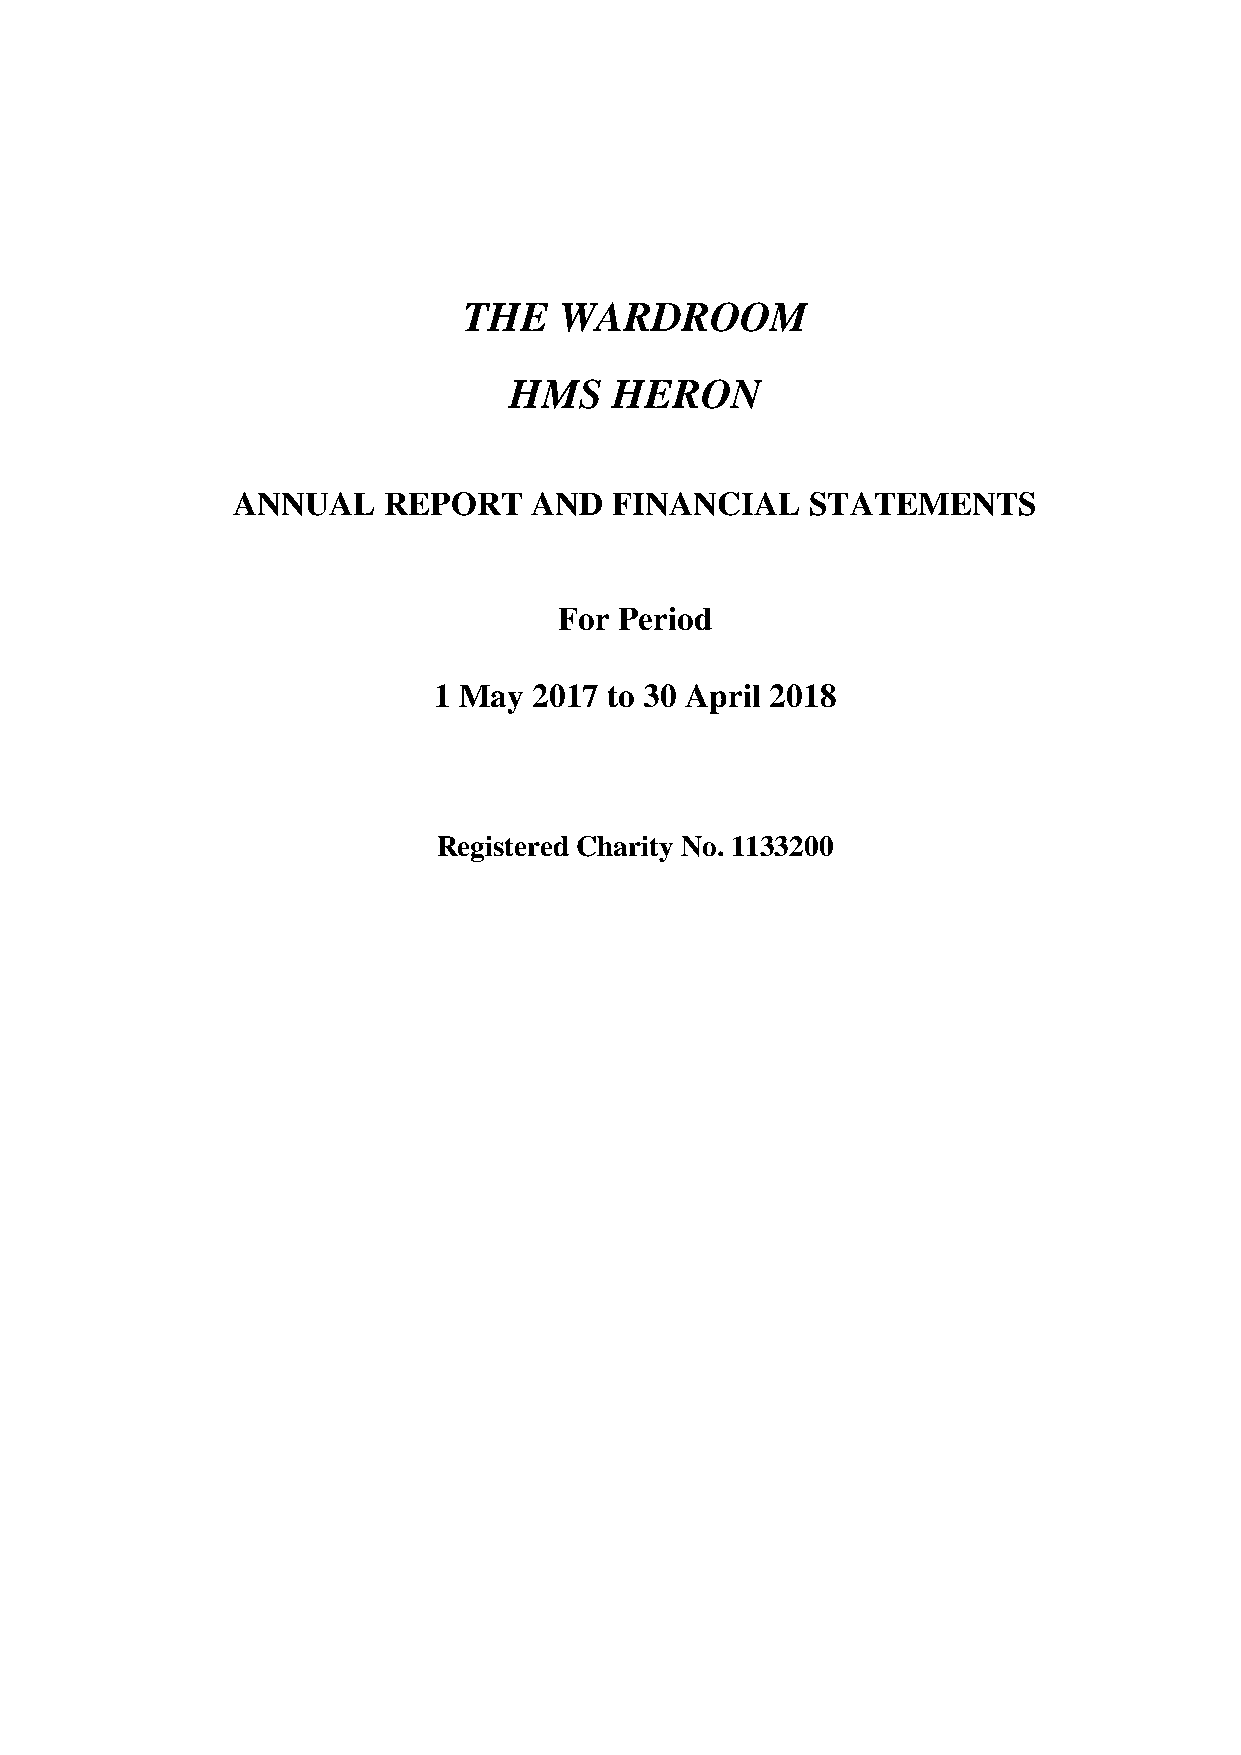
THE   WARDROOM
 HMS    HERON
 ANNUAL    REPORT    AND  FINANCIAL     STATEMENTS
 For Period
 1 May 2017 to 30 April 2018
 Registered Charity No. 1133200